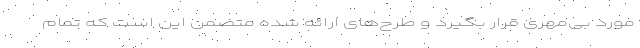
مورد بی‌مهری قرار بگیرد و طرح‌های ارائه شده متضمن این است که تمام